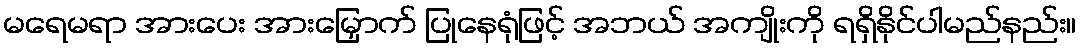
မရေမရာ အားပေး အားမြှောက် ပြုနေရုံဖြင့် အဘယ် အကျိုးကို ရရှိနိုင်ပါမည်နည်း။